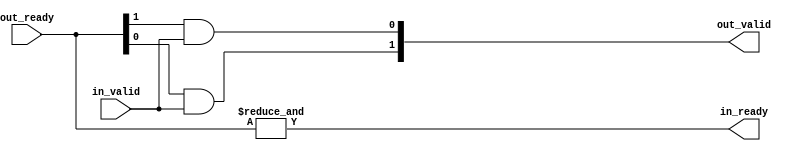
// Copyright 2019 Google LLC
//
// Licensed under the Apache License, Version 2.0 (the "License");
// you may not use this file except in compliance with the License.
// You may obtain a copy of the License at
//
//     https://www.apache.org/licenses/LICENSE-2.0
//
// Unless required by applicable law or agreed to in writing, software
// distributed under the License is distributed on an "AS IS" BASIS,
// WITHOUT WARRANTIES OR CONDITIONS OF ANY KIND, either express or implied.
// See the License for the specific language governing permissions and
// limitations under the License.
//
// ---------------------------------------------------------------------
// Stream Split
// ---------------------------------------------------------------------
// Splits an input stream into two or more output streams.
//
// ---------------------------------------------------------------------
module stream_split #(
  parameter NumStreams = 2)
  (
    input                       in_valid,
    output                      in_ready,
    //
    output reg [NumStreams-1:0] out_valid,
    input      [NumStreams-1:0] out_ready
  );

  // in_ready is high when all out_readies are high
  assign in_ready = &out_ready;

  // out_valid is is only high when in_valid is high as well as all of
  // the other out_readies
  reg       other_readys;
  integer   i, j;
  always @(*) begin
    for (i=0; i < NumStreams; i=i+1) begin
      other_readys = 1'b1;
      for (j=0; j < NumStreams; j=j+1)
        if (j != i)
          other_readys = other_readys & out_ready[j];

      out_valid[i] = other_readys & in_valid;
    end
  end

endmodule